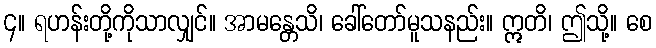
၄။ ရဟန်းတို့ကိုသာလျှင်။ အာမန္တေသိ၊ ခေါ်တော်မူသနည်း။ ဣတိ၊ ဤသို့။ စေ